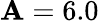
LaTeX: \mathbf{A}=6.0